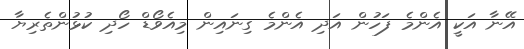
އޭނާ އަކީ އެންމެ ފަހުން އަދި އެންމެ ގިނައިން މިއެވޯޑް ހޯދި ކުޅުންތެރިޔާ